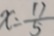
x = \frac { 1 7 } { 5 }